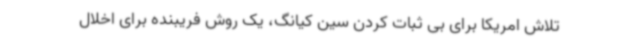
تلاش امریکا برای بی ثبات کردن سین کیانگ، یک روش فریبنده برای اخلال